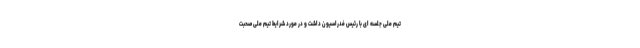
تیم ملی جلسه ای با رئیس فدراسیون داشت و در مورد شرایط تیم ملی صحبت